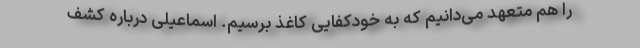
را هم متعهد می‌دانیم که به خودکفایی کاغذ برسیم. اسماعیلی درباره کشف